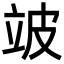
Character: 𬔜